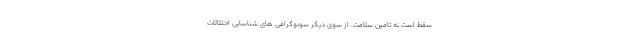
سقط است نه تامین سلامت. از سوی دیگر سونوگرافی های شناسایی اختلالات